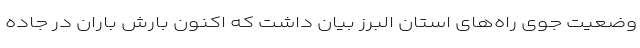
وضعیت جوی راه‌های استان البرز بیان داشت که اکنون بارش باران در جاده